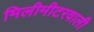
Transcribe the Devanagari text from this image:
मिलीमीटरवाली